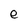
Character: e